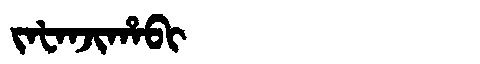
Manchu: ᠵᠠᡶᠠᠨᠵᡳᡥᠠᠪᡳ
Romanization: JAFANJIHABI